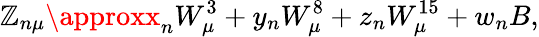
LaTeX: \mathbb{Z}_{n\mu}\approxx_{n}W_{\mu}^{3}+y_{n}W_{\mu}^{8}+z_{n}W_{\mu}^{15}+w_{n}B,